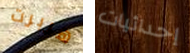
هربرت إحداثيات